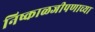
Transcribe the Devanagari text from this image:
निष्काळजीपणाच्या